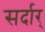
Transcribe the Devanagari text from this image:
सर्दार्